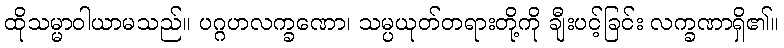
ထိုသမ္မာဝါယာမသည်။ ပဂ္ဂဟလက္ခဏော၊ သမ္ပယုတ်တရားတို့ကို ချီးပင့်ခြင်း လက္ခဏာရှိ၏။